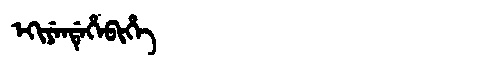
Manchu: ᡝᡴᡳᠶᡝᠨᡩᡝᡥᡝᠪᡳᡥᡝ
Romanization: EKIYENDEHEBIHE